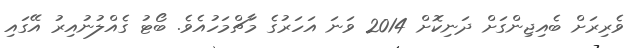
ވެރިރަށް ބެއިޖިންގަށް ދަނިކޮށް 2014 ވަނަ އަހަރުގެ މާޗްމަހުއެވެ. ބޯޓު ގެއްލުނުއިރު އޭގައި